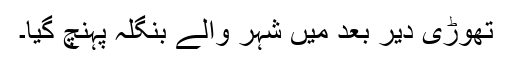
تھوڑی دیر بعد میں شہر والے بنگلہ پہنچ گیا۔